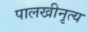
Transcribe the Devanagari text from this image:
पालखीनृत्य